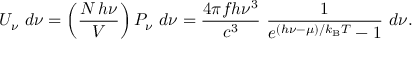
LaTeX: U _ { \nu } ~ d \nu = \left( { \frac { N \, h \nu } { V } } \right) P _ { \nu } ~ d \nu = { \frac { 4 \pi f h \nu ^ { 3 } } { c ^ { 3 } } } ~ { \frac { 1 } { e ^ { ( h \nu - \mu ) / k _ { \mathrm { { B } } } T } - 1 } } ~ d \nu .